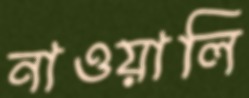
নাওয়ালি